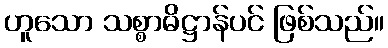
ဟူသော သစ္စာဓိဋ္ဌာန်ပင် ဖြစ်သည်။